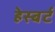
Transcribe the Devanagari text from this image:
हेस्बर्ट